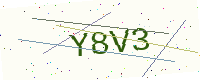
Text: Y8V3